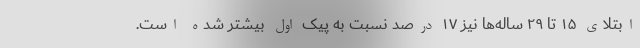
ابتلای ۱۵ تا ۲۹ ساله‌ها نیز ۱۷ درصد نسبت به پیک اول بیشتر شده است.